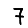
Digit: 7